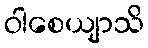
ဝါစေယျာသိ